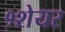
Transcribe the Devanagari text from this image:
१शेयर